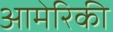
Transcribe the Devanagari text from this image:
आमेरिकी